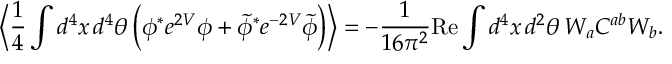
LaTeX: \Big \langle \frac { 1 } { 4 } \int d ^ { 4 } x \, d ^ { 4 } \theta \, \Big ( \phi ^ { * } e ^ { 2 V } \phi + \tilde { \phi } ^ { * } e ^ { - 2 V } \tilde { \phi } \Big ) \Big \rangle = - \frac { 1 } { 1 6 \pi ^ { 2 } } \mathrm { R e } \int d ^ { 4 } x \, d ^ { 2 } \theta \, W _ { a } C ^ { a b } W _ { b } .